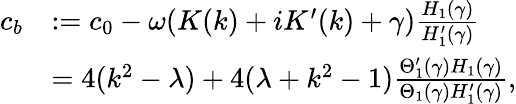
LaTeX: \begin{array}{rl}{c_{b}}&{:=c_{0}-\omega(K(k)+iK^{\prime}(k)+\gamma)\frac{H_{1}(\gamma)}{H_{1}^{\prime}(\gamma)}}\\ &{=4(k^{2}-\lambda)+4(\lambda+k^{2}-1)\frac{\Theta_{1}^{\prime}(\gamma)H_{1}(\gamma)}{\Theta_{1}(\gamma)H_{1}^{\prime}(\gamma)},}\end{array}